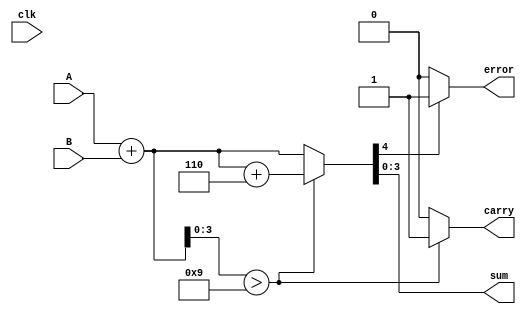
module BCD_Redundant_Binary_Adder (
    input wire clk,
    input wire [3:0] A, // BCD digit A
    input wire [3:0] B, // BCD digit B
    output reg [3:0] sum, // BCD sum output
    output reg carry, // Carry to the next BCD digit
    output reg error // Error flag
);

    // Internal signals
    wire [4:0] A_red; // Redundant representation of A
    wire [4:0] B_red; // Redundant representation of B
    wire [4:0] sum_red; // Redundant sum
    wire [4:0] corrected_sum; // Corrected sum after BCD adjustment
    wire carry_out; // Carry out from the addition

    // Redundant binary representation (5 bits)
    assign A_red = {1'b0, A}; // Assuming A is in 4-bit BCD
    assign B_red = {1'b0, B}; // Assuming B is in 4-bit BCD

    // Full adder for redundant binary addition
    assign {carry_out, sum_red} = A_red + B_red;

    // BCD correction logic
    always @(*) begin
        // Initialize outputs
        sum = 4'b0000;
        carry = 1'b0;
        error = 1'b0;

        // Check if the sum exceeds 9 (1001 in binary)
        if (sum_red[3:0] > 4'b1001) begin
            corrected_sum = sum_red + 5'b00110; // Add 6 (0110 in binary)
            carry = 1'b1; // Set carry for next BCD digit
        end else begin
            corrected_sum = sum_red; // No correction needed
        end

        // Assign the lower 4 bits to the sum output
        sum = corrected_sum[3:0];

        // Error detection logic (simple example)
        if (corrected_sum[4] != carry_out) begin
            error = 1'b1; // Set error if there's a mismatch
        end
    end

endmodule